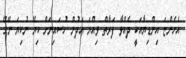
އެހެންޏަ އިންޑިޔާއަކީ ދެއްވާ ފަރާތް ވިއްޔަ އަދުން ހުސައިނަށް ކިޔޭ ނުކިޔަ ނޭގޭ